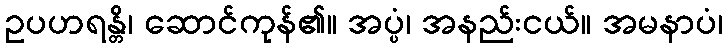
ဥပဟရန္တိ၊ ဆောင်ကုန်၏။ အပ္ပံ၊ အနည်းငယ်။ အမနာပံ၊